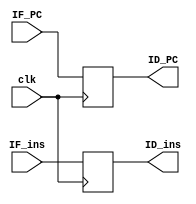
`timescale 1ns / 1ps
//////////////////////////////////////////////////////////////////////////////////
// Company: 
// Engineer: 
// 
// Design Name: 
// Module Name:    IF_ID 
// Project Name: 
// Target Devices: 
// Tool versions: 
// Description: 
//
// Dependencies: 
//
// Revision: 
// Revision 0.01 - File Created
// Additional Comments: 
//
//////////////////////////////////////////////////////////////////////////////////
module IF_ID(clk, IF_PC, IF_ins, ID_PC, ID_ins);

input clk;
input [31:0] IF_PC, IF_ins;
output reg [31:0] ID_PC, ID_ins;

always@(posedge clk)
begin
	ID_PC <= IF_PC;
	ID_ins <= IF_ins;
end

endmodule